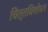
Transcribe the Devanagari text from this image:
चित्तविशोधन